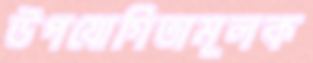
উপযোগিতামূলক